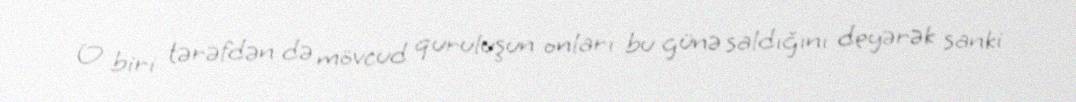
O biri tərəfdən də mövcud quruluşun onları bu günə saldığını deyərək sanki